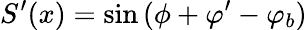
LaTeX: S^{\prime}(x)=\sin{(\phi+\varphi^{\prime}-\varphi_{b})}